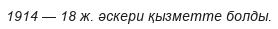
1914 — 18 ж. әскери қызметте болды.